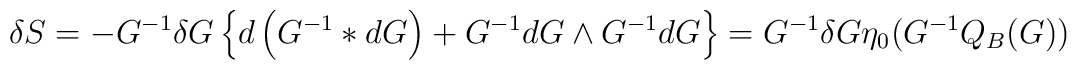
\delta S=-G^{-1}\delta G \left\{d\left(G^{-1}*dG\right)+G^{-1}dG\wedge G^{-1}dG\right\}=G^{-1}\delta G \eta_0(G^{-1}Q_B(G)) \